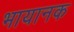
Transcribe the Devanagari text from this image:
भायानक